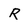
Character: R